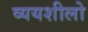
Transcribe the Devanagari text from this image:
व्ययशीलो